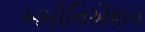
અમોનિએશન